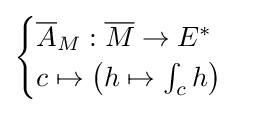
{\begin{cases}{\overline {A}}_{M}:{\overline {M}}\to E^{*}\\c\mapsto \left(h\mapsto \int _{c}h\right)\end{cases}}